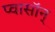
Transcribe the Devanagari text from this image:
प्वासॉन्‌